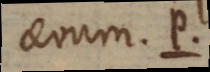
aevum. P.